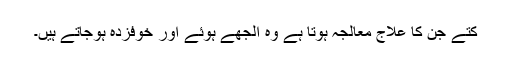
کتے جن کا علاج معالجہ ہوتا ہے وہ الجھے ہوئے اور خوفزدہ ہوجاتے ہیں۔